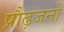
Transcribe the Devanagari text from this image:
प्रौढ़जनों